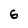
Character: 6